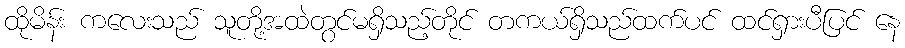
ထိုမိန်း ကလေးသည် သူတို့အထဲတွင်မရှိသည့်တိုင် တကယ်ရှိသည်ထက်ပင် ထင်ရှားပီပြင် နေ